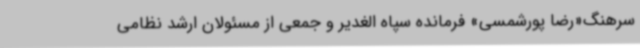
سرهنگ«رضا پورشمسی» فرمانده سپاه الغدیر و جمعی از مسئولان ارشد نظامی